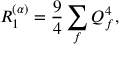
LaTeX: R _ { 1 } ^ { ( \alpha ) } = \frac { 9 } { 4 } \sum _ { f } Q _ { f } ^ { 4 } ,